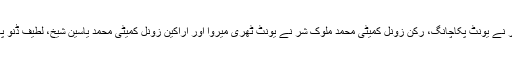
ان خیالات کا اظہار ایم کیو ایم خیرپور زون کے جوائنٹ انچارج مجیب الرحمان شر نے یونٹ پکاچانگ، رکن زونل کمیٹی محمد ملوک شر نے یونٹ ٹھری میروا اور اراکین زونل کمیٹی محمد یاسین شیخ، لطیف ڈنو پہوڑ نے یونٹ شاہ لطیف میں جنرل ورکرز اجلاسوں سے خطاب کرتے ہوئے کیا ۔